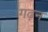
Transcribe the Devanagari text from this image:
गढ़न